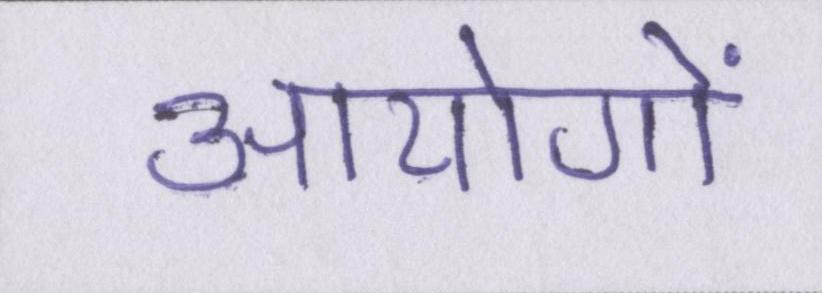
आयोगों